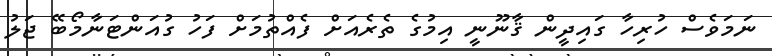
ނަމަވެސް ހުރިހާ ގައިދީން ޤާނޫނީ އިމުގެ ތެރެއަށް ފެއްތުމަށް ފަހު ގުއަންޓަނާމޯބޭ ޖަލު